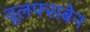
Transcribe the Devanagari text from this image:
वूलफ्सबेन